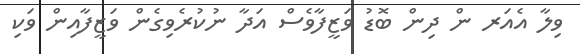
ވިލާ އެއަރ ން ދިން ބޮޑު ވަޒީފާވެސް އަދާ ނުކުރެވިގެން ވަޒީފާއިން ވަކި